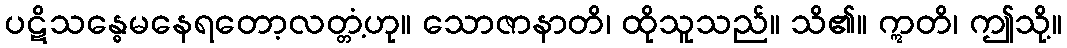
ပဋိသန္ဓေမနေရတော့လတ္တံ့ဟု။ သောဇာနာတိ၊ ထိုသူသည်။ သိ၏။ ဣတိ၊ ဤသို့။